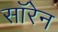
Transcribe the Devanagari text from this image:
सॉरेन